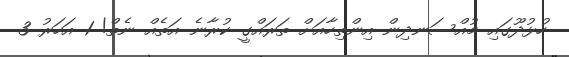
ހުޅުދޫގައި މުއްސަނދިން އިންތިހާއަށް ތަރައްގީ ކުރާނެ އަތެއް ނެތް! 1 އަހަރު 3